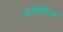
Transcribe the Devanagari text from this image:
अलैकिक